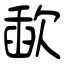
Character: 歃